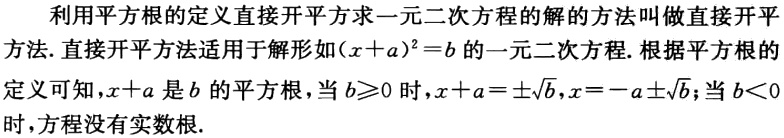
利用平方根的定义直接开平方求一元二次方程的解的方法叫做直接开平方法. 直接开平方法适用于解形如\((x + a)^{2}=b\)的一元二次方程. 根据平方根的定义可知，\(x + a\)是\(b\)的平方根，当\(b\geqslant0\)时，\(x + a=\pm\sqrt{b}\)，\(x=-a\pm\sqrt{b}\)；当\(b < 0\)时，方程没有实数根.